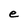
Character: e